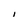
Character: I